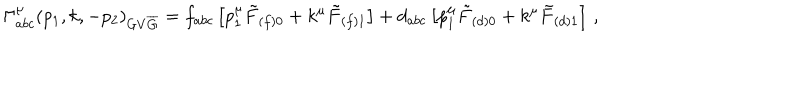
\Gamma _ { a b c } ^ { \hspace { 0 . 2 c m } \mu } ( p _ { 1 } , k , - p _ { 2 } ) _ { G V { \overline { { { G } } } } } = f _ { a b c } \left[ p _ { 1 } ^ { \mu } \tilde { F } _ { ( f ) 0 } + k ^ { \mu } \tilde { F } _ { ( f ) 1 } \right] + d _ { a b c } \left[ p _ { 1 } ^ { \mu } \tilde { F } _ { ( d ) 0 } + k ^ { \mu } \tilde { F } _ { ( d ) 1 } \right] \, ,